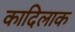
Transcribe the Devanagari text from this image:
कादिलाक